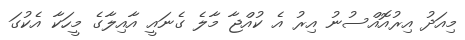
މިއަދު އިރުއޮއްސުނު އިރު އެ ކުއްޖާ މާލެ ގެނައީ އާއިލާގެ މީހަކާ އެކުގަ